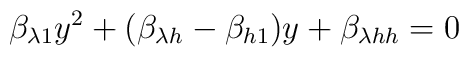
\beta_{\lambda 1} y^2 + ( \beta_{\lambda h} - \beta_{h1} )y +\beta_{\lambda hh} =0